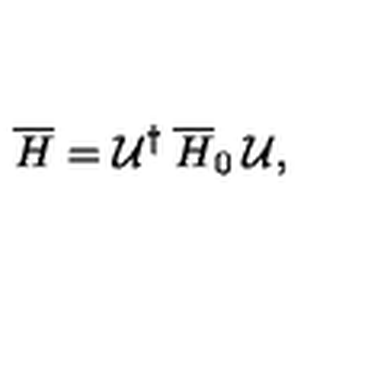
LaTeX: \overline { { H } } = \mathcal { U } ^ { \dagger } \: \overline { { H } } _ { 0 } \: \mathcal { U } ,